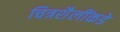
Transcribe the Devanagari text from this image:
चित्रशैलींकडे